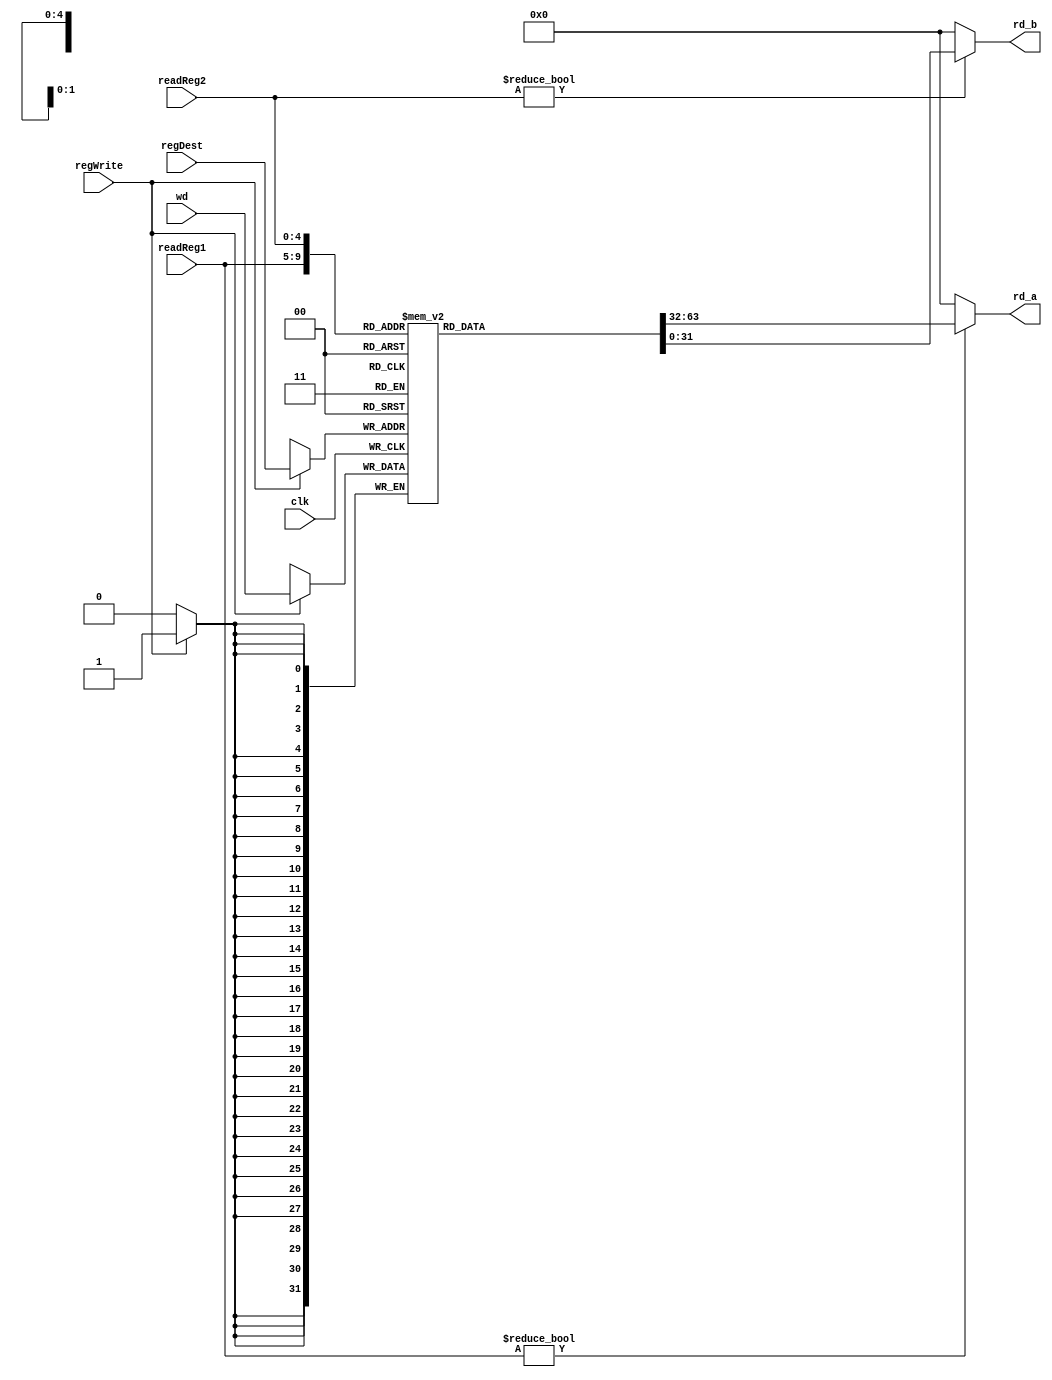
module Register_File(rd_a, rd_b, clk, regWrite, readReg1, readReg2, regDest, wd);
   input clk, regWrite;
   input[4:0] readReg1, readReg2, regDest;
   input[31:0] wd;
   output[31:0] rd_a, rd_b;
   reg[31:0] rd_a, rd_b;
   reg[31:0] regFile[0:31];

   always @(negedge clk) if (regWrite == 1) regFile[regDest] <= wd;
   always @(readReg1) rd_a <= (readReg1 != 0) ? regFile[readReg1] : 0;
   always @(readReg2) rd_b <= (readReg2 != 0) ? regFile[readReg2] : 0;
endmodule